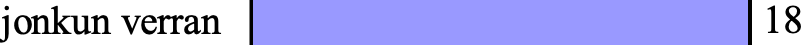
jonkun verran            18